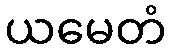
ယမေတံ